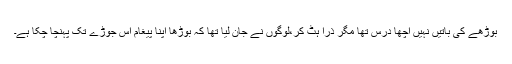
بوڑھے کی باتیں نہیں اچھا درس تھا مگر ذرا ہٹ کر،لوگوں نے جان لیا تھا کہ بوڑھا اپنا پیغام اس جوڑے تک پہنچا چکا ہے۔